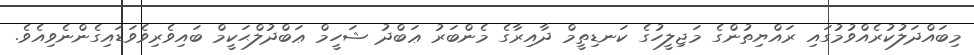
މިބައްދަލުކުރެއްވުމުގައި ރައްޔިތުންގެ މަޖިލީހުގެ ކަނޑިތީމް ދާއިރާގެ މެންބަރު ޢަބްދު ޝަހީމް ޢަބްދުލްޙަކީމް ބައިވެރިވެވަޑައިގެންނެވިއެވެ.